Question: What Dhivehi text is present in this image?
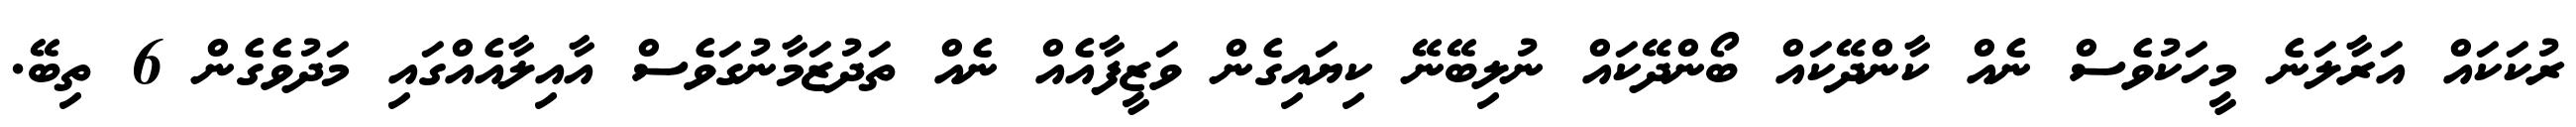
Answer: ރުކަކައް އަރާލަނެ މީހަކުވެސް ނެއް ކާންދޭކައް ބޯންދޭކައް ނުލިބޭނޭ ކިޔައިގެން ވަޒީފާއެއް ނެއް ތަދުޒަމާނުގަވެސް އާއިލާއެއްގައި މަދުވެގެން 6 ތިބޭ.